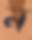
ন